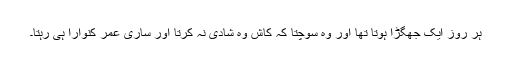
ہر روز ایک جھگڑا ہوتا تھا اور وہ سوچتا کہ کاش وہ شادی نہ کرتا اور ساری عمر کنوارا ہی رہتا۔